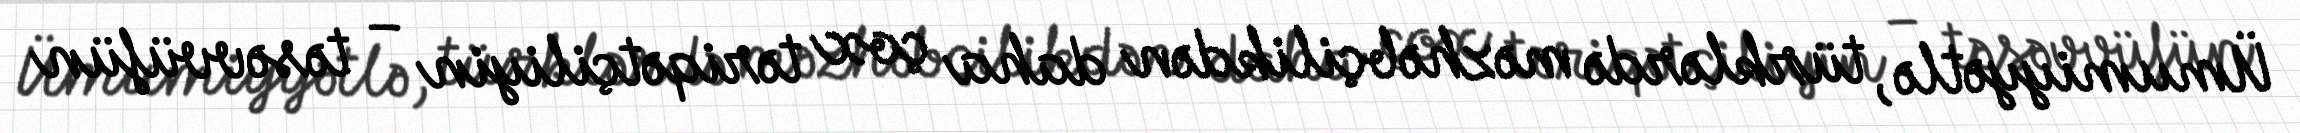
Ümumiyyətlə, türklərdə məzhəbçilikdən daha çox təriqətçiliyin – təsəvvüfün